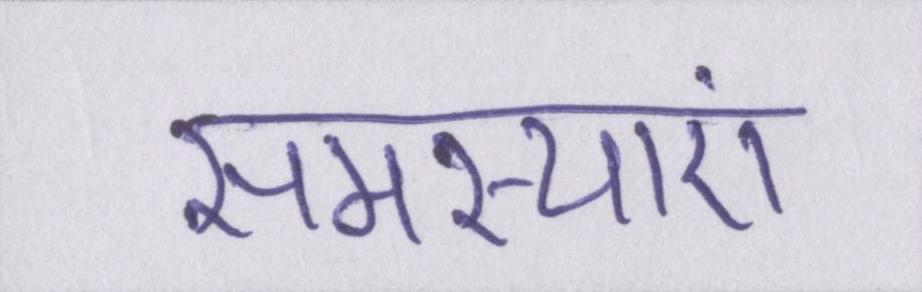
समस्याएं